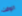
الوقت